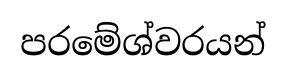
පරමේශ්වරයන්